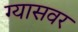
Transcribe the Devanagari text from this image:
ग्यासवर